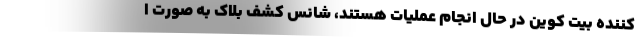
کننده بیت کوین در حال انجام عملیات هستند، شانس کشف بلاک به صورت ا